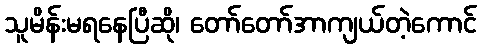
သူမိန်းမရနေပြီဆို၊ တော်တော်အာကျယ်တဲ့ကောင်